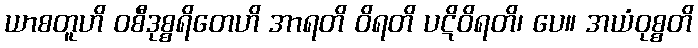
ယာစတူဟိ ဝစီဒုစ္စရိတေဟိ အာရတိ ဝိရတိ ပဋိဝိရတိ၊ ပေ။ အယံဝုစ္စတိ